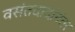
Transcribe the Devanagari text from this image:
वसंतदादांनंतर